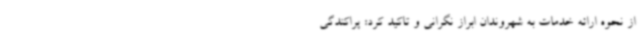
از نحوه ارائه خدمات به شهروندان ابراز نگرانی و تاکید کرد: پراکندگی